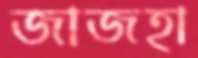
জাজহা